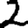
Digit: 2